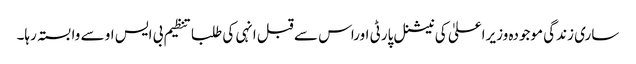
ساری زندگی موجودہ وزیراعلیٰ کی نیشنل پارٹی اوراس سے قبل انہی کی طلبا تنظیم بی ایس او سے وابستہ رہا۔